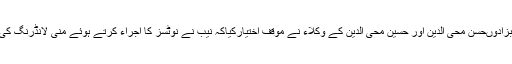
ڈاکٹر طاہر القادری کے صاحبزادوںحسن محی الدین اور حسین محی الدین کے وکلاء نے موقف اختیارکیاکہ نیب نے نوٹسز کا اجراء کرتے ہوئے منی لانڈرنگ کی انکوائری شروع کردی تھی ۔